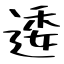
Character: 逶